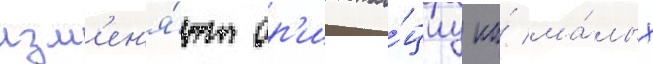
изм'ен'я́ют ор'иента́циу на́ ма́лых